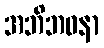
အဘိဘဝနာ